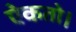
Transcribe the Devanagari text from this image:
ऐकतो।